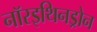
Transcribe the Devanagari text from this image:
नॉरइथिनड्रोन